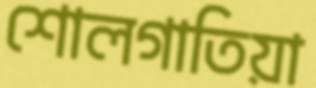
শোলগাতিয়া